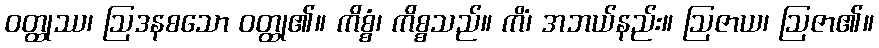
ဝတ္ထုဿ၊ ဩဒနစသော ဝတ္ထု၏။ ကိစ္စံ၊ ကိစ္စသည်။ ကိံ၊ အဘယ်နည်း။ ဩဇာယ၊ ဩဇာ၏။